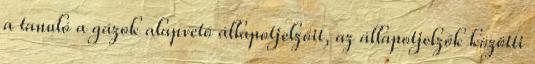
a tanuló a gázok alapvető állapotjelzőit, az állapotjelzők közötti